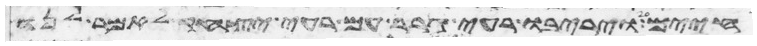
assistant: חיים ויריבו רעי גרר עם רעי יצחק לאמר לנו